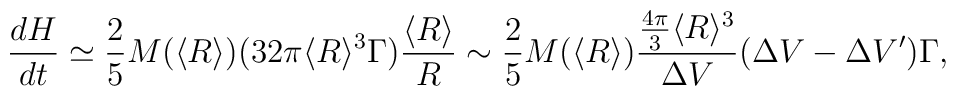
\frac{dH}{dt} \simeq \frac{2}{5}M(\langle R \rangle)(32 \pi \langle R \rangle^3 \Gamma) \frac{\langle R \rangle}{R} \sim \frac{2}{5}M(\langle R \rangle) \frac{\frac{4 \pi}{3}\langle R \rangle^3}{\Delta V} (\Delta V -\Delta V')\Gamma,